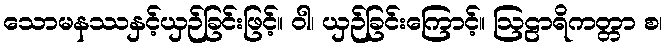
သောမနဿနှင့်ယှဉ်ခြင်းဖြင့်။ ဝါ၊ ယှဉ်ခြင်းကြောင့်။ ဩဠာရိကတ္တာ စ၊